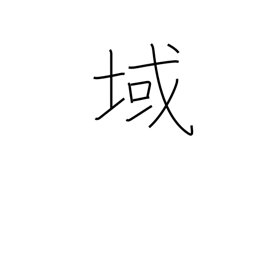
Meaning: stage